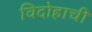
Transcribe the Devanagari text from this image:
विदोहाची